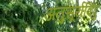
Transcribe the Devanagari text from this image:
अनुसूर्यविंदु